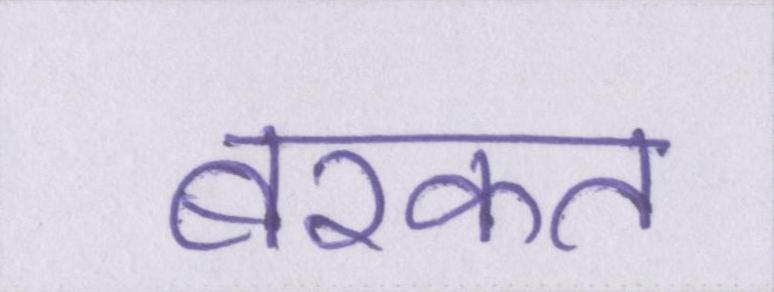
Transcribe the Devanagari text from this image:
बरकत